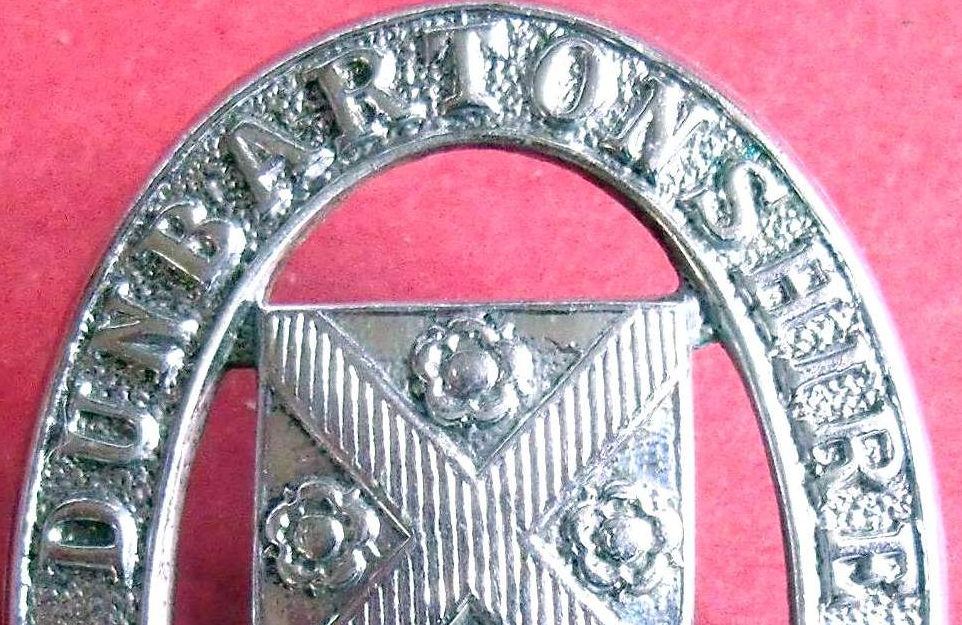
DUNBARTONSHIRE